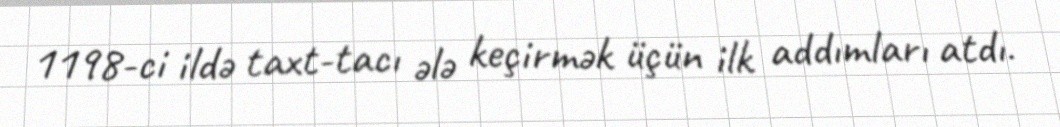
1198-ci ildə taxt-tacı ələ keçirmək üçün ilk addımları atdı.